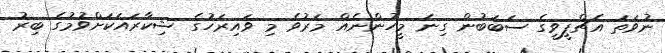
ނުވަތަ އެޗްޕީވީގެ ސަބަބުން ގިނަ މީހުންނެއް މަރުވެ މި ވައިރަހުގެ ޝިކާރައަކަށްވުމުގެ ބިރު